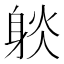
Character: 𨉇